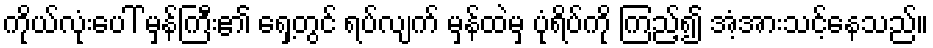
ကိုယ်လုံးပေါ် မှန်ကြီး၏ ရှေ့တွင် ရပ်လျက် မှန်ထဲမှ ပုံရိပ်ကို ကြည့်၍ အံ့အားသင့်နေသည်။